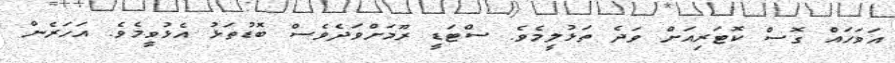
އަވަހައް ގޮސް ކޮޓަރިއަށް ވަދެ ތަޅުލީމެވެ. ސްޓަޑީ ރޫމަށްވަދެވެސް ބޮޑުތަޅު އެޅުވީމެވެ. އަހަރެން